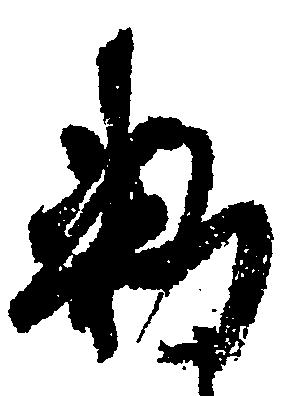
勅